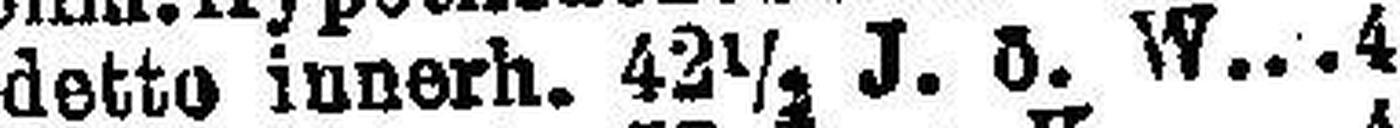
detto innerh. 42½ J. ö. W 4